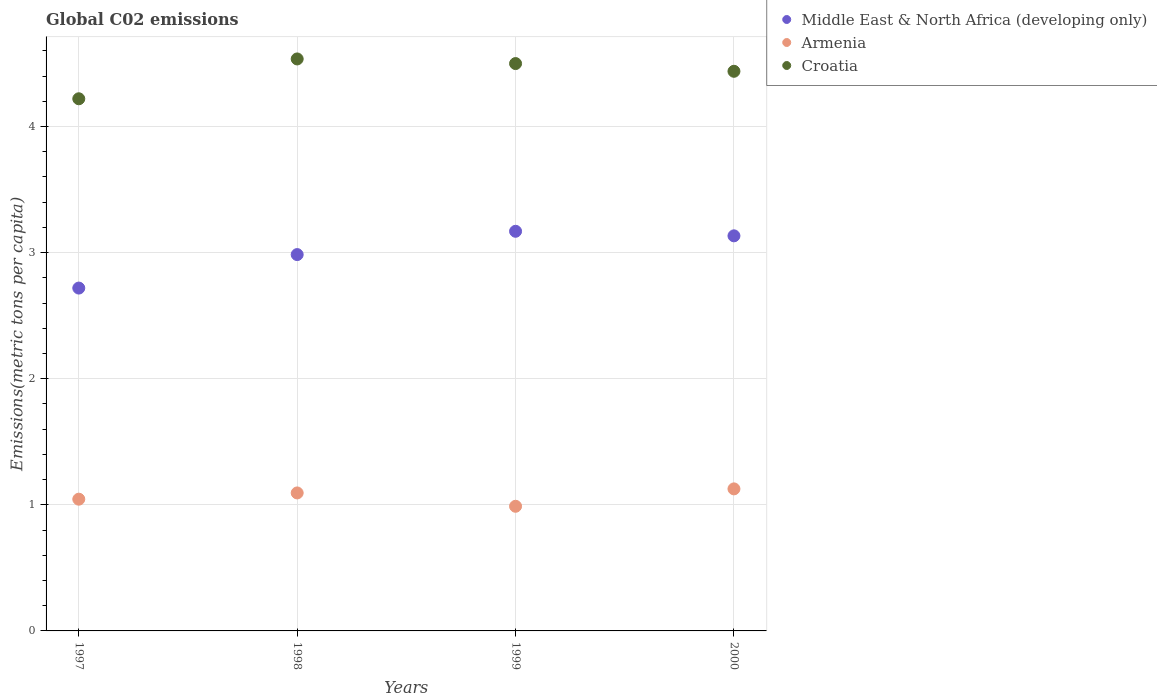
| Years | Middle East & North Africa (developing only) | Armenia | Croatia |
 | --- | --- | --- | --- |
 | 1997 | 2.72 | 1.04 | 4.22 |
 | 1998 | 2.98 | 1.09 | 4.54 |
 | 1999 | 3.17 | 0.989 | 4.5 |
 | 2000 | 3.13 | 1.13 | 4.44 |